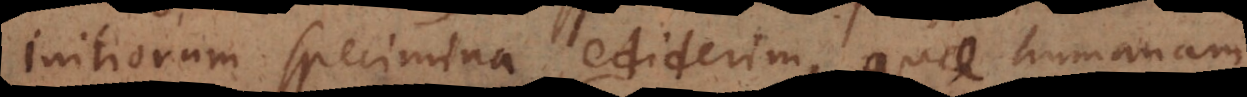
initiorum specimina ediderim, quae humanam